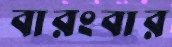
বারংবার